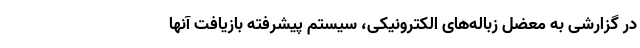
در گزارشی به معضل زباله‌های الکترونیکی، سیستم پیشرفته بازیافت آنها